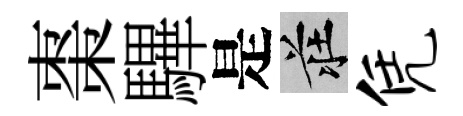
棗驆是莊凭